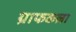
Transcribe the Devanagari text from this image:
ग्राफकला